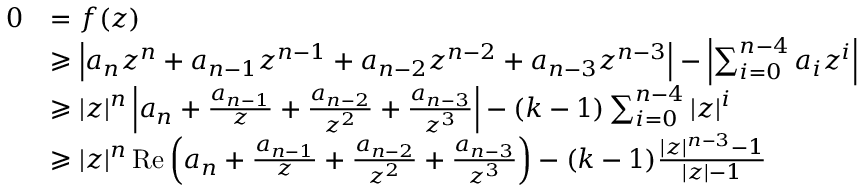
\begin{array} { r l } { 0 } & { = f ( z ) } \\ & { \geqslant \left| a _ { n } z ^ { n } + a _ { n - 1 } z ^ { n - 1 } + a _ { n - 2 } z ^ { n - 2 } + a _ { n - 3 } z ^ { n - 3 } \right| - \left| \sum _ { i = 0 } ^ { n - 4 } a _ { i } z ^ { i } \right| } \\ & { \geqslant | z | ^ { n } \left| a _ { n } + \frac { a _ { n - 1 } } { z } + \frac { a _ { n - 2 } } { z ^ { 2 } } + \frac { a _ { n - 3 } } { z ^ { 3 } } \right| - ( k - 1 ) \sum _ { i = 0 } ^ { n - 4 } | z | ^ { i } } \\ & { \geqslant | z | ^ { n } \operatorname { R e } \left( a _ { n } + \frac { a _ { n - 1 } } { z } + \frac { a _ { n - 2 } } { z ^ { 2 } } + \frac { a _ { n - 3 } } { z ^ { 3 } } \right) - ( k - 1 ) \frac { | z | ^ { n - 3 } - 1 } { | z | - 1 } } \end{array}